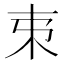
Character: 𣎺